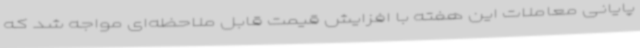
پایانی معاملات این هفته با افزایش قیمت قابل ملاحظه‌ای مواجه شد که